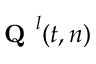
\textbf { Q } ^ { l } ( t , n )